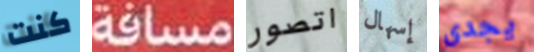
كنت مسافة اتصور إسهال يجدي